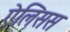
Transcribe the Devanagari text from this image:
ऐलिसस